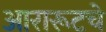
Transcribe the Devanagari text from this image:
आरारूटचे